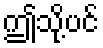
ဤသို့ပင်